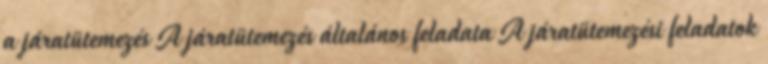
a járatütemezés A járatütemezés általános feladata A járatütemezési feladatok